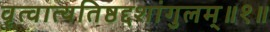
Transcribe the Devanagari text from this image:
वृत्वात्यतिष्ठद्दशांगुलम्॥१॥